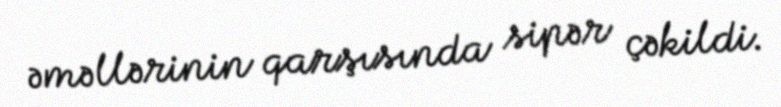
əməllərinin qarşısında sipər çəkildi.